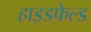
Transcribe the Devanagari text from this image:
हाइडफेल्ड